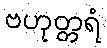
ဗဟုတ္တရံ